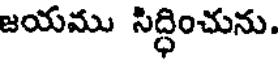
జయము సిద్ధించును.